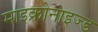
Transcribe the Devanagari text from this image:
माइक्रोनाइज्ड